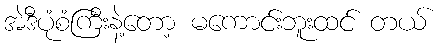
အဲဒီပုံစံကြီးနဲ့တော့ မကောင်းဘူးထင် တယ်